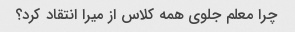
چرا معلم جلوی همه کلاس از میرا انتقاد کرد؟